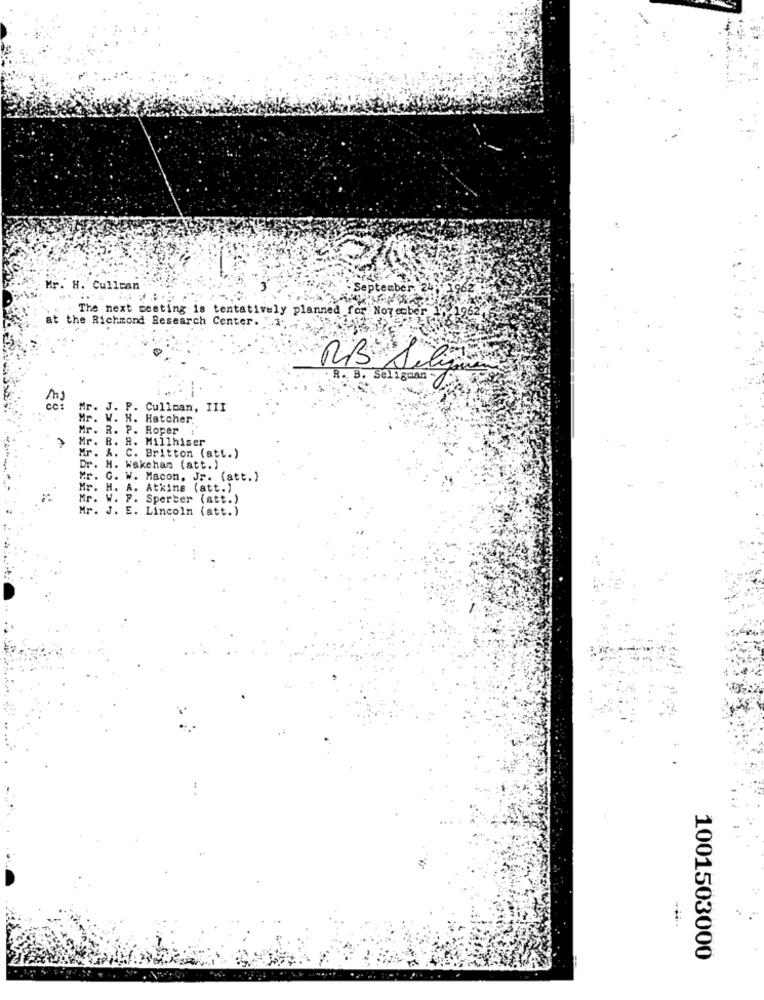
Mr. H. Cullcan
1962
The next meeting is tentatively planned for Noye
at the Richmond Research Center. "
RB Sily
Sel igaar
Mr.
J. P. Cullman, III
. H. Hatcher.
. R. P. Roper
Mr.
. R. Millhiser
Mr. A. C. Britton (att.)
Dr. H. Wakehan (att.)
Mr. G. W. Macon, Jr. (att. )
Mr. H. A. Atkins (att.)
Mr. W. F. Sperber (att.)
Mr. J. E. Lincoln (att.)
1001503000